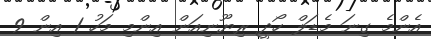
އެންމެ ގިނަ މެޑަލް ހޯދީ ރިޔޫނިއަން އިންމި މަހު 1 އިން 9